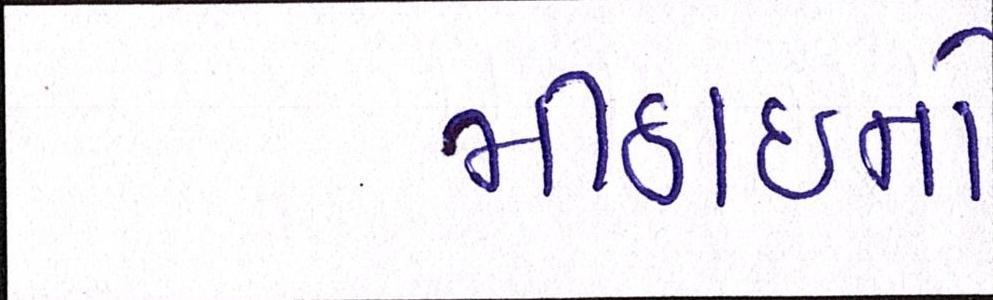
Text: મીઠાઈનો